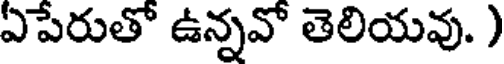
ఏపేరుతో ఉన్నవో తెలియవు. )